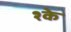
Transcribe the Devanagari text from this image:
श्के